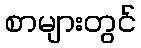
စာများတွင်